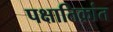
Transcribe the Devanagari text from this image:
पक्षातिक्रांत